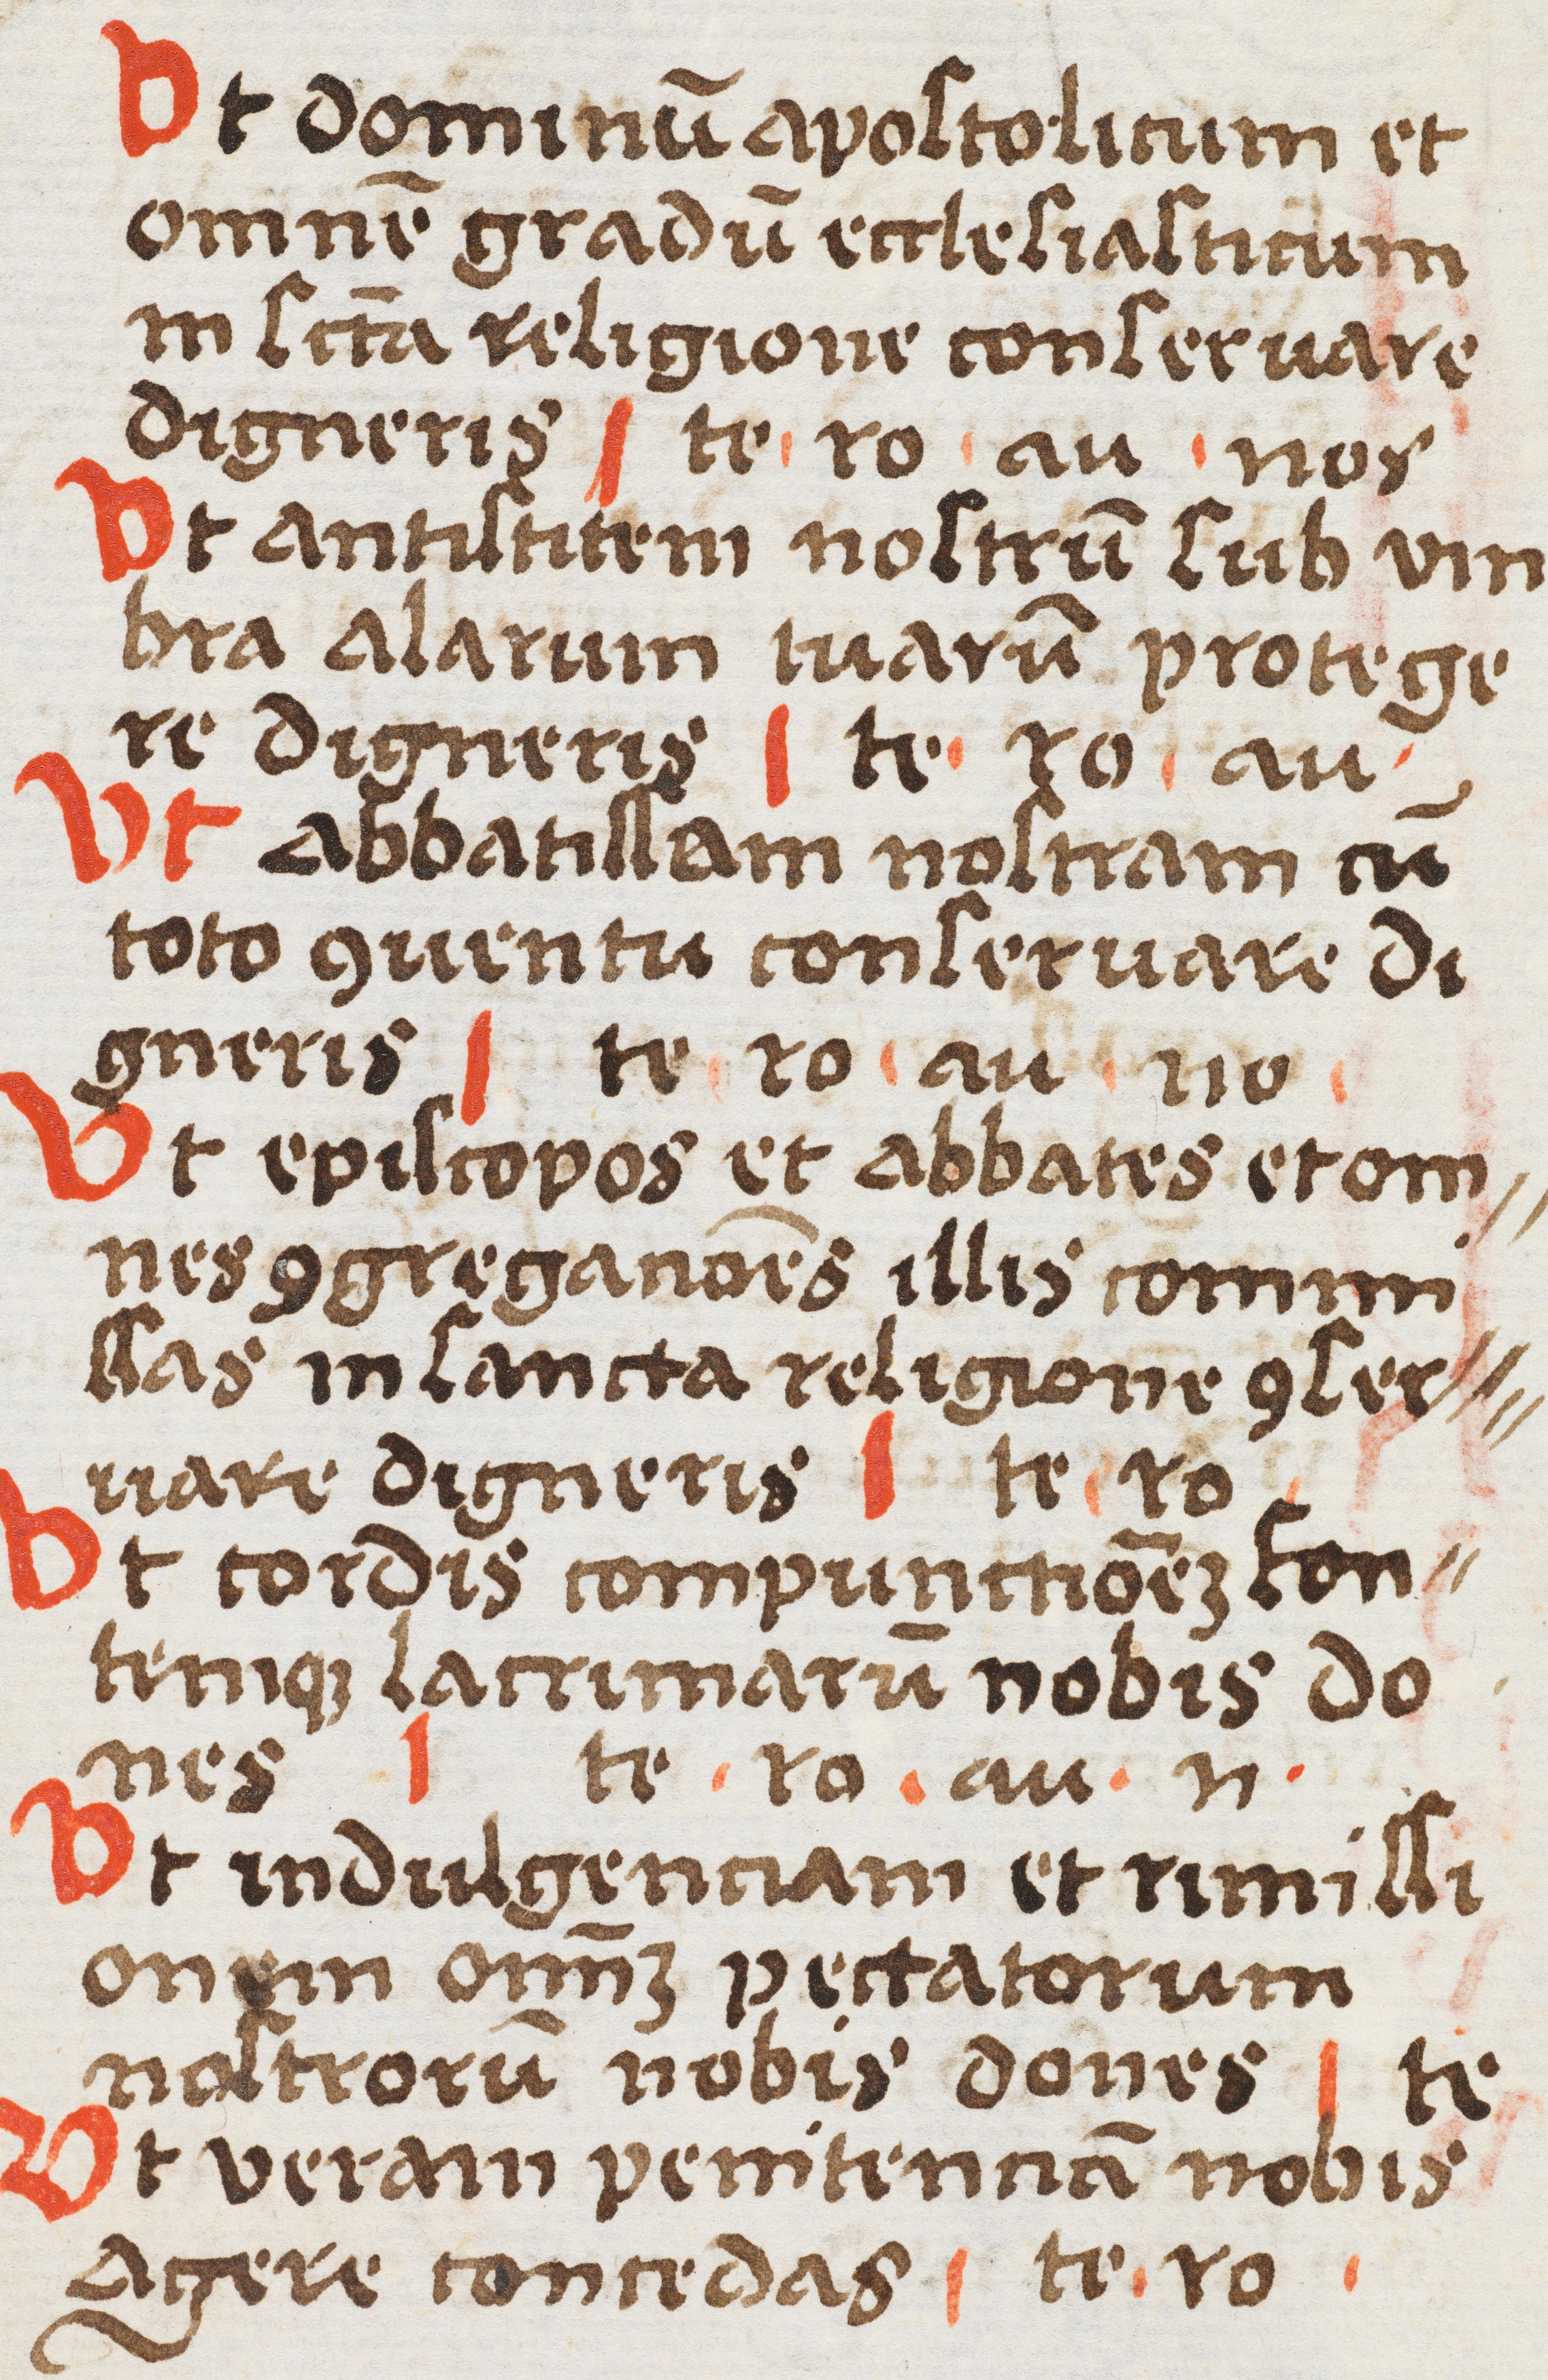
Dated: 1400–1499